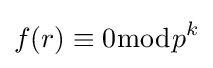
f(r)\equiv 0{\bmod {p}}^{k}